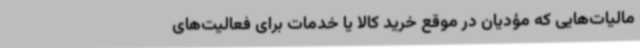
مالیات‌هایی که مؤدیان در موقع خرید کالا یا خدمات برای فعالیت‌های